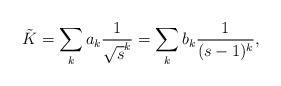
LaTeX: \begin{align*}\tilde K=\sum_k a_k\frac{1}{\sqrt{s}^k}=\sum_k b_k \frac{1}{(s-1)^k},\end{align*}